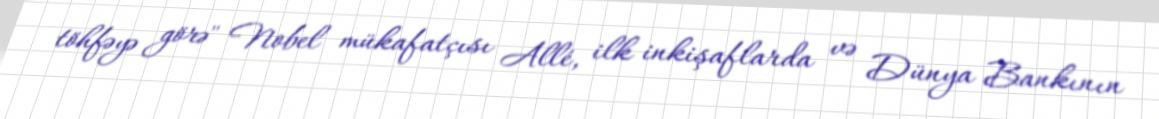
töhfəyə görə" Nobel mükafatçısı Allé, ilk inkişaflarda və Dünya Bankının